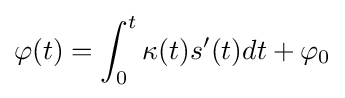
\varphi (t)=\int _{0}^{t}\kappa (t)s'(t)dt+\varphi _{0}